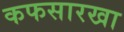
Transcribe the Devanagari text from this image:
कफसारखा